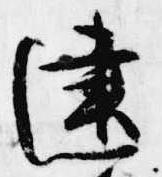
建